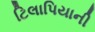
ટિલાપિયાની